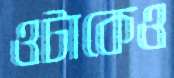
ওটাকেও